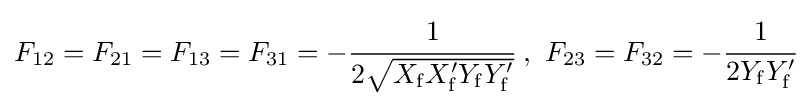
F_{12}=F_{21}=F_{13}=F_{31}=-{\cfrac {1}{2{\sqrt {X_{\mathrm {f} }{X}_{\mathrm {f} }^{\prime }Y_{\mathrm {f} }Y_{\mathrm {f} }^{\prime }}}}}\ ,\ F_{23}=F_{32}=-{\cfrac {1}{2Y_{\mathrm {f} }Y_{\mathrm {f} }^{\prime }}}